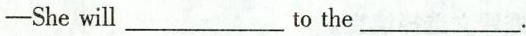
——She will___to the___